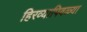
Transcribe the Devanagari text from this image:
हिरव्यापिवळ्या